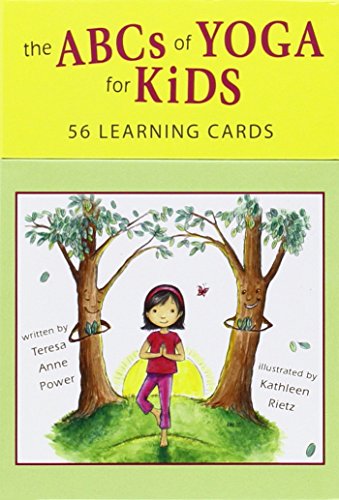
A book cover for The ABCs of Yoga for Kids Learning Cards; Teresa Anne Power; Health, Fitness & Dieting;